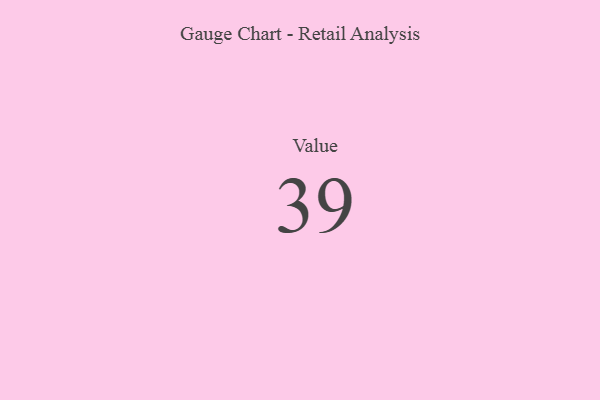
{"axis": {"x": "Metric", "y": "Value"}, "legend": [""], "data": [{"x": "Value", "y": 39, "type": ""}]}